Bombay plague: being a history of the progress of plague in the Bombay presidency from September 1896 to June 1899
Year: 1896
Disease focus: Plague
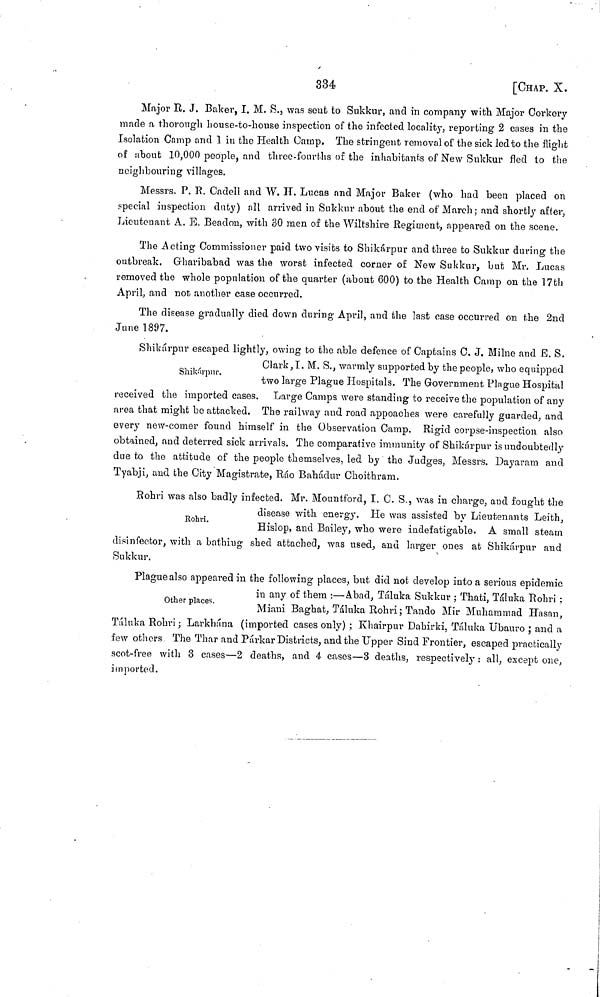
334
[CHAP. X.
Major R. J. Baker, I. M. S., was sent to Sukkur, and in company with Major Corkery
made a thorough house-to-house inspection of the infected locality, reporting 2 cases in the
Isolation Camp and 1 in the Health Camp. The stringent removal of the sick led to the flight
of about 10,000 people, and three-fourths of the inhabitants of New Sukkur fled to the
neighbouring villages.
Messrs. P. R. Cadell and W. H. Lucas and Major Baker (who had been placed on
special inspection duty) all arrived in Sukkur about the end of March; and shortly after,
Lieutenant A. E. Beadon, with 30 men of the Wiltshire Regiment, appeared on the scene.
The Acting Commissioner paid two visits to Shikárpur and three to Sukktir during the
outbreak. Grharibabad was the worst infected corner of New Snkkur, but Mr. Lucas
removed the whole population of the quarter (about 600) to the Health Camp on the 17th
April, and not another case occurred.
The disease gradually died down during April, and the last case occurred on the 2nd
June 1897.
Shikárpur.
Shikárpur escaped lightly, owing to the able defence of Captains C. J. Milne and E. S.
Clark, I. M. S., warmly supported by the people, who equipped
two large Plague Hospitals. The Government Plague Hospital
received the imported cases. Large Camps were standing to receive the population of any
area that might be attacked. The railway and road appoaches were carefully guarded, and
every new-comer found himself in the Observation Camp. Rigid corpse-inspection also
obtained, and deterred sick arrivals. The comparative immunity of Shikárpur is undoubtedly
due to the attitude of the people themselves, led by the Judges, Messrs. Dayaram and
Tyabji, and the City Magistrate, Ráo Bahádur Choithram.
Rohri.
Rohri was also badly infected. Mr. Mountford, I. C. S., was in charge, and fought the
disease with energy. He was assisted by Lieutenants Leith,
Hislop, and Bailey, who were indefatigable. A small steam
disinfector, with a bathing shed attached, was used, and larger ones at Shikárpur and
Sukkur.
Other places.
Plague also appeared in the following places, but did not develop into a serious epidemic
in any of them :—Abad, Táluka Sukkur ; Thati, Táluka Rohri ;
Miani Baghat, Táluka Rohri; Tando Mir Muhammad Hasan,
Táluka Rohri; Larkhána (imported cases only) ; Khairpur Dahirki, Táluka Ubauro ; and a
few others The Thar and Párkar Districts, and the Upper Sind Frontier, escaped practically
scot-free with 3 cases—2 deaths, and 4 cases—3 deaths, respectively: all, except one,
imported.